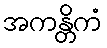
အကန္တိကံ